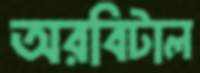
অরবিটাল